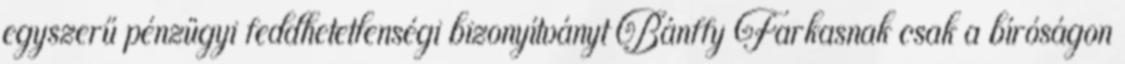
egyszerű pénzügyi feddhetetlenségi bizonyítványt Bánffy Farkasnak csak a bíróságon